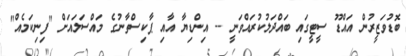
ބޮޑުވަޒީރުން އައްޑޫ ސީޓީގައި ބައްދަލުކުރައްވަނީ -- އިންޑިޔާ އާއި ޕާކިސްތާނުގެ މައްސަލައަށް "ފިނިކަމެއް"